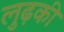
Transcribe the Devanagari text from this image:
लुढ़की